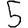
Digit: 5